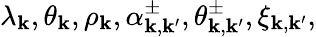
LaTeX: \lambda_{\boldsymbol{\mathbf{k}}},\theta_{\boldsymbol{\mathbf{k}}},\rho_{\boldsymbol{\mathbf{k}}},\alpha_{\boldsymbol{\mathbf{k}},\boldsymbol{\mathbf{k}}^{\prime}}^{\pm},\theta_{\boldsymbol{\mathbf{k}},\boldsymbol{\mathbf{k}}^{\prime}}^{\pm},\xi_{\boldsymbol{\mathbf{k}},\boldsymbol{\mathbf{k}}^{\prime}},